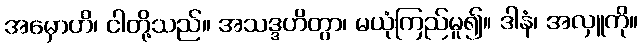
အမှောဟိ၊ ငါတို့သည်။ အသဒ္ဒဟိတွာ၊ မယုံကြည်မူ၍။ ဒါနံ၊ အလှူကို။